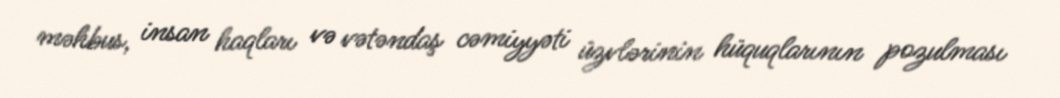
məhbus, insan haqları və vətəndaş cəmiyyəti üzvlərinin hüquqlarının pozulması